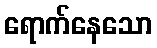
ရောက်နေသော